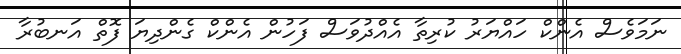
ނަމަވެސް އެންކް ހައްޔަރު ކުރިތާ އެއްދުވަސް ފަހުން އެންކް ގެންދިޔަ ފޮތް އަނބުރާ